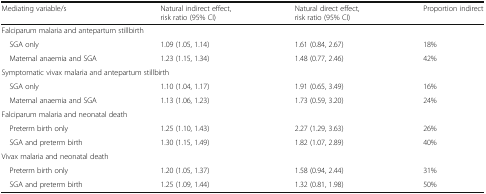
<table><thead><tr><td><b>Mediating variable/s</b></td><td><b>Natural indirect effect, risk ratio (95% CI)</b></td><td><b>Natural direct effect, risk ratio (95% CI)</b></td><td><b>Proportion indirect</b></td></tr></thead><tbody><tr><td colspan="4">Falciparum malaria and antepartum stillbirth</td></tr><tr><td> SGA only</td><td>1.09 (1.05, 1.14)</td><td>1.61 (0.84, 2.67)</td><td>18%</td></tr><tr><td> Maternal anaemia and SGA</td><td>1.23 (1.15, 1.34)</td><td>1.48 (0.77, 2.46)</td><td>42%</td></tr><tr><td colspan="4">Symptomatic vivax malaria and antepartum stillbirth</td></tr><tr><td> SGA only</td><td>1.10 (1.04, 1.17)</td><td>1.91 (0.65, 3.49)</td><td>16%</td></tr><tr><td> Maternal anaemia and SGA</td><td>1.13 (1.06, 1.23)</td><td>1.73 (0.59, 3.20)</td><td>24%</td></tr><tr><td colspan="4">Falciparum malaria and neonatal death</td></tr><tr><td> Preterm birth only</td><td>1.25 (1.10, 1.43)</td><td>2.27 (1.29, 3.63)</td><td>26%</td></tr><tr><td> SGA and preterm birth</td><td>1.30 (1.15, 1.49)</td><td>1.82 (1.07, 2.89)</td><td>40%</td></tr><tr><td colspan="4">Vivax malaria and neonatal death</td></tr><tr><td> Preterm birth only</td><td>1.20 (1.05, 1.37)</td><td>1.58 (0.94, 2.44)</td><td>31%</td></tr><tr><td> SGA and preterm birth</td><td>1.25 (1.09, 1.44)</td><td>1.32 (0.81, 1.98)</td><td>50%</td></tr></tbody></table>